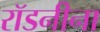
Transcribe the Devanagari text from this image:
रॉडनीना